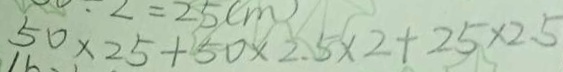
5 0 \times 2 5 + 5 0 \times 2 . 5 \times 2 + 2 5 \times 2 . 5